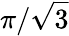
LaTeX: \pi/{\sqrt{3}}